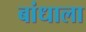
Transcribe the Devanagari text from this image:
बांधाला